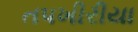
તપખીરીયા